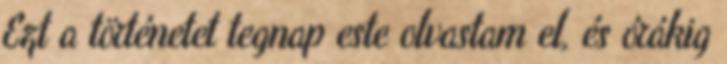
Ezt a történetet tegnap este olvastam el, és órákig